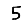
Digit: 5